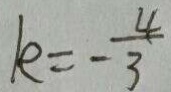
k = - \frac { 4 } { 3 }